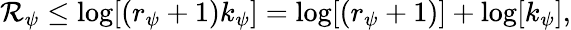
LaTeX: \mathcal{R}_{\psi}\le\log[(r_{\psi}+1)k_{\psi}]=\log[(r_{\psi}+1)]+\log[k_{\psi}],